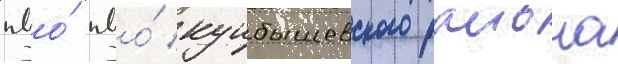
пво́ пво́ куибышевского раиона